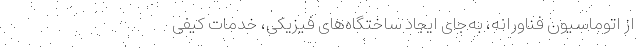
از اتوماسیون فناورانه، به‌جای ایجاد ساختگاه‌های فیزیکی، خدمات کیفی